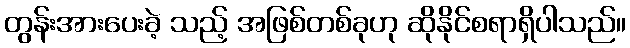
တွန်းအားပေးခဲ့ သည့် အဖြစ်တစ်ခုဟု ဆိုနိုင်စရာရှိပါသည်။